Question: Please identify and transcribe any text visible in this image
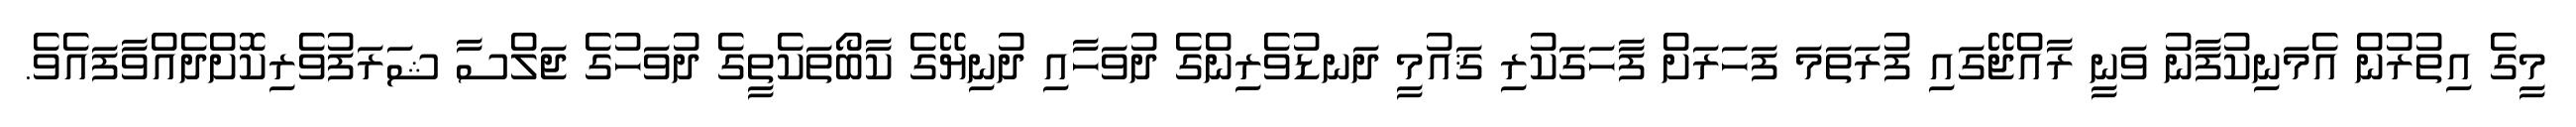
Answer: މީގެ އިތުރުން އެމަނިކުފާނު ވަނީ ރާއްޖޭގައި ފުރަތަމަ ފަހަރަށް ފާހަގަކުރި ޤައުމީ ދަނޑުވެރިންގެ ދުވަހާއި ދުނިޔޭގެ ކާބޯތަކެތީގެ ދުވަހުގެ ޖަލްސާ ޝަރަފުވެރިކޮށްދެއްވާފައެވެ.